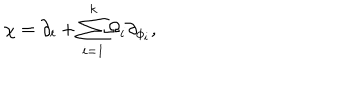
\chi = \partial _ { t } + { { { \sum _ { i = 1 } ^ { k } } } } \Omega _ { i } \partial _ { \phi _ { i } } ,